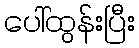
ပေါ်ထွန်းပြီး